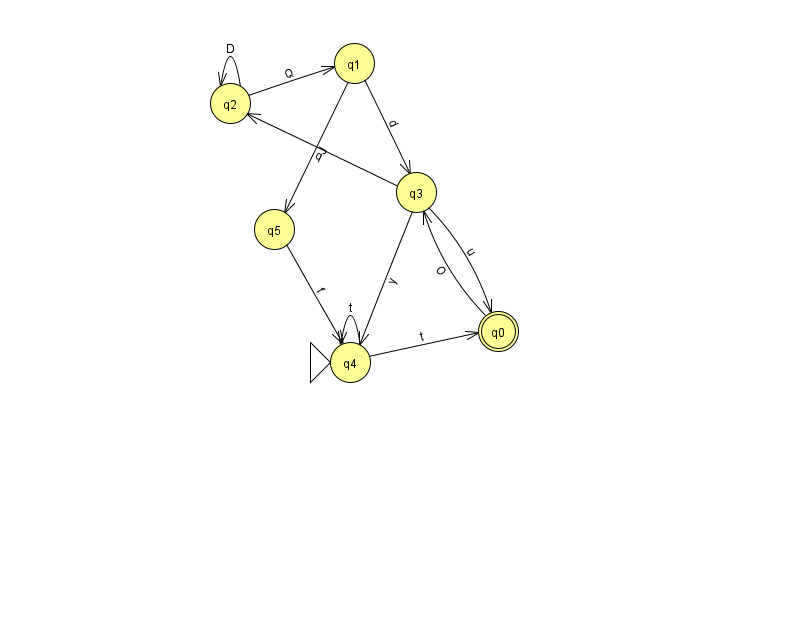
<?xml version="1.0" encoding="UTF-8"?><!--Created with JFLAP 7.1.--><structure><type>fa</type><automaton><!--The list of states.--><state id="0" name="q0"><x>498.0</x><y>318.0</y><final/></state><state id="1" name="q1"><x>354.0</x><y>50.0</y></state><state id="2" name="q2"><x>230.0</x><y>90.0</y></state><state id="3" name="q3"><x>416.0</x><y>179.0</y></state><state id="4" name="q4"><x>350.0</x><y>349.0</y><initial/></state><state id="5" name="q5"><x>274.0</x><y>216.0</y></state><!--The list of transitions.--><transition><from>1</from><to>3</to><read>d</read></transition><transition><from>2</from><to>2</to><read>D</read></transition><transition><from>4</from><to>4</to><read>t</read></transition><transition><from>3</from><to>0</to><read>u</read></transition><transition><from>3</from><to>4</to><read>y</read></transition><transition><from>4</from><to>0</to><read>t</read></transition><transition><from>2</from><to>1</to><read>Q</read></transition><transition><from>1</from><to>5</to><read>J</read></transition><transition><from>5</from><to>4</to><read>f</read></transition><transition><from>0</from><to>3</to><read>O</read></transition><transition><from>3</from><to>2</to><read>q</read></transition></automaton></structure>